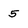
Character: 5